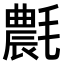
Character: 𣰊